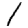
Digit: 1